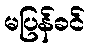
မပြန်ခင်